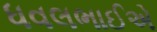
ધવલભાઈએ